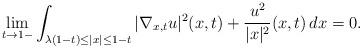
LaTeX: \begin{align*}\lim_{t\to 1-}\int_{\lambda(1-t)\leq |x|\leq 1-t}|\nabla_{x,t}u|^2(x,t)+\frac{u^2}{|x|^2}(x,t)\,dx=0.\end{align*}